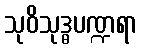
သုဝိသုဒ္ဓပဏ္ဍရာ